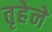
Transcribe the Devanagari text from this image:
तृहेने